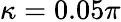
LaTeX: \kappa=0.05\pi